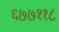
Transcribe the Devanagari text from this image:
६७७११८